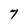
Character: 7